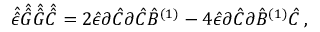
\hat { \hat { \epsilon } } \hat { \hat { G } } \hat { \hat { G } } \hat { \hat { C } } = 2 \hat { \epsilon } \partial \hat { C } \partial \hat { C } \hat { B } ^ { ( 1 ) } - 4 \hat { \epsilon } \partial \hat { C } \partial \hat { B } ^ { ( 1 ) } \hat { C } \, ,